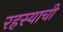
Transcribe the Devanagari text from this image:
रहस्याची